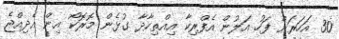
30 އަހަރަށް ފަހު އަލުން އެފްރިކާ އިއްތިހާދާ ގުޅެން މޮރޮކޯ އިން އެދިއްޖެ